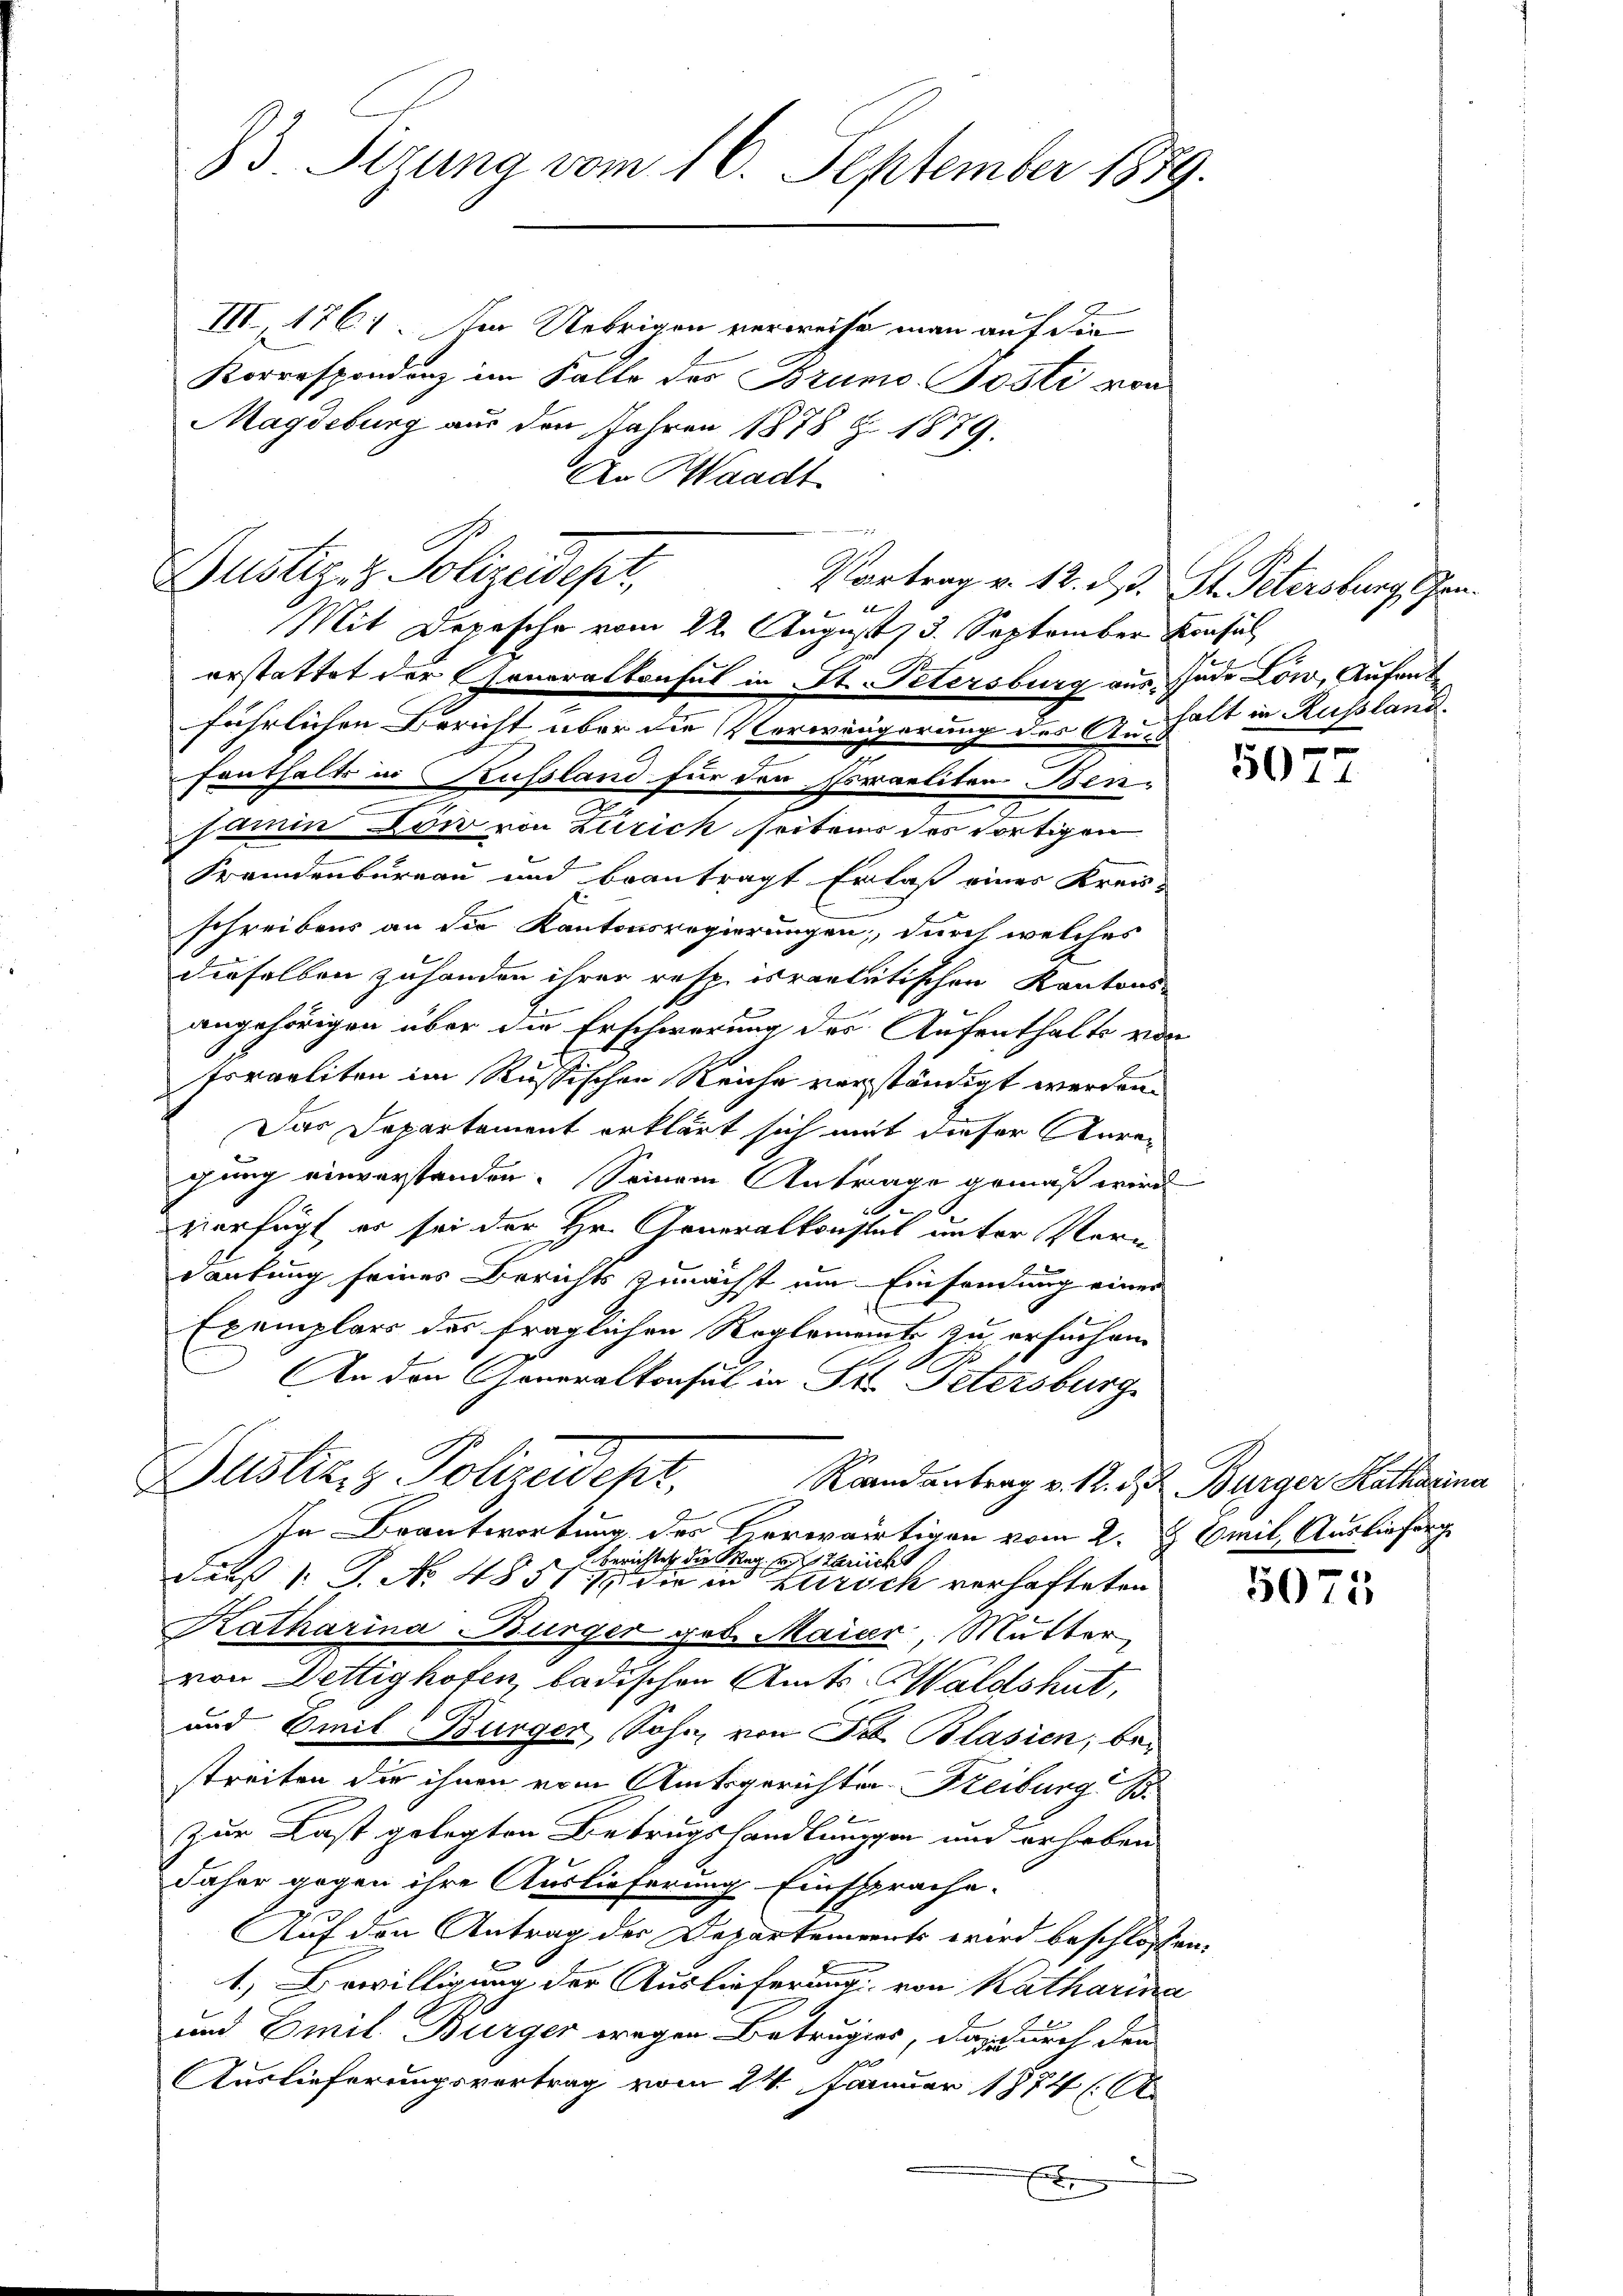
33 Sizung vom 16. September 1889.

Justiz & Polizeidepr

g

III 1761. Im Uebrigen verweise man auf die
Korrespondenz im Falle des Bruno. Posti von
Magdeburg aus den Jahren 1878 Z. 1879.
An Waadt

Mit Depesche vom 22. August 13. September Konsul
erstattet der Generalkonsul in St. Petersburg aus Jude Löw, Aufent
fährlichen Bericht über die Verweigerung des Aushalt in Russland.
a
fenthalts in Kussland für den Poraeliten Bensamin Dow von Zürich seitens des dortigen
Fremdenburgau und beantragt Erlaß eines Kreis-
schreibens an die Kantonsregierungen, durch welches
dieselben zuhanden ihrer resp. israelitischen Kantons-
angehörigen über die Erschwerung des Aufenthalts von
t
Israeliten im Russischen Reiche verständigt werden.
Das Departement erklärt sich mit dieser Anregung einverstanden. Seinem Antrage gemäß wird
1
vierfügt er sei der Hr. Generalkonstut unter Vern
dankung seines Berichts zunächst um Einsendung einer
Exemplars des fraglichen Reglements zu ersuchen.
An den Generalkonsul in Fr. Petersburg
Justiz & Polizeidept.
Randantrag v. 12. d. Bürger Katharina
In Beantwortung des Horwärtigen vom 2. J. Emil Auslieferg
Berichtet die Mag entariick
Faß 1. J. No. 4831 11 die in Zürich verhafteten
Katharina Bürger geb. Maier, Mutter
von Dettighofen, badischen Amts-Waldshut,
und Emil Bürger Sohn, von Frl. Blasien, bestreiten die ihnen vom Amtsgerichten Freiburg: B.

zur Last gelegten Betrugshandlungen und erhaben
daher gegen ihre Auslieferung Einsprache.
Auf den Antrag der Departements wird beschlossen,
1.) Bewilligung der Auslieferung von Katharina
e
und Emil Bürger wegen Betrages, daß durch den
Auslieferungsvertrag vom 24. Januar 1874 A
x

Vortrag v. 12. d. J. St. Petersburg, Gen.

5077

5075